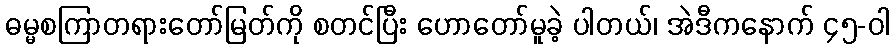
ဓမ္မစကြာတရားတော်မြတ်ကို စတင်ပြီး ဟောတော်မူခဲ့ ပါတယ်၊ အဲဒီကနောက် ၄၅-ဝါ